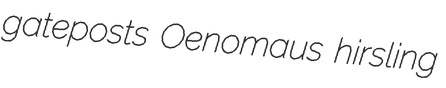
gateposts Oenomaus hirsling